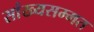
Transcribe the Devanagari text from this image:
सांख्यसम्मत